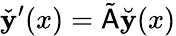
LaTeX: \check{\mathbf{y}}^{\prime}(x)=\tilde{\mathsf{A}}\breve{\mathbf{y}}(x)